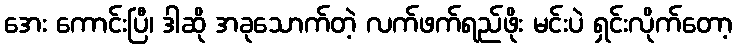
အေး ကောင်းပြီ၊ ဒါဆို အခုသောက်တဲ့ လက်ဖက်ရည်ဖိုး မင်းပဲ ရှင်းလိုက်တော့